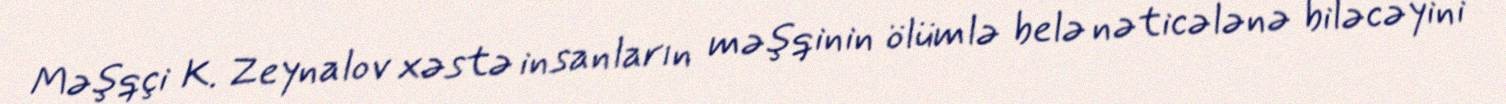
Məşqçi K. Zeynalov xəstə insanların məşqinin ölümlə belə nəticələnə biləcəyini